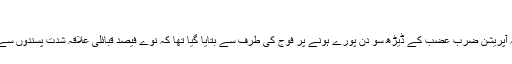
"
انہوں نے مزید کہا کہ آپریشن ضرب عضب کے ڈیڑھ سو دن پورے ہونے پر فوج کی طرف سے بتایا گیا تھا کہ نوے فیصد قبائلی علاقہ شدت پسندوں سے خالی کرا لیا گیا ہے۔